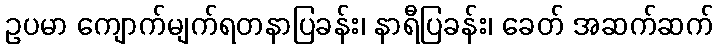
ဥပမာ ကျောက်မျက်ရတနာပြခန်း၊ နာရီပြခန်း၊ ခေတ် အဆက်ဆက်